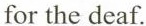
for the deaf.